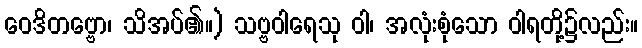
ဝေဒိတဗ္ဗော၊ သိအပ်၏။) သဗ္ဗဝါရေသု ဝါ၊ အလုံးစုံသော ဝါရတို့၌လည်း။